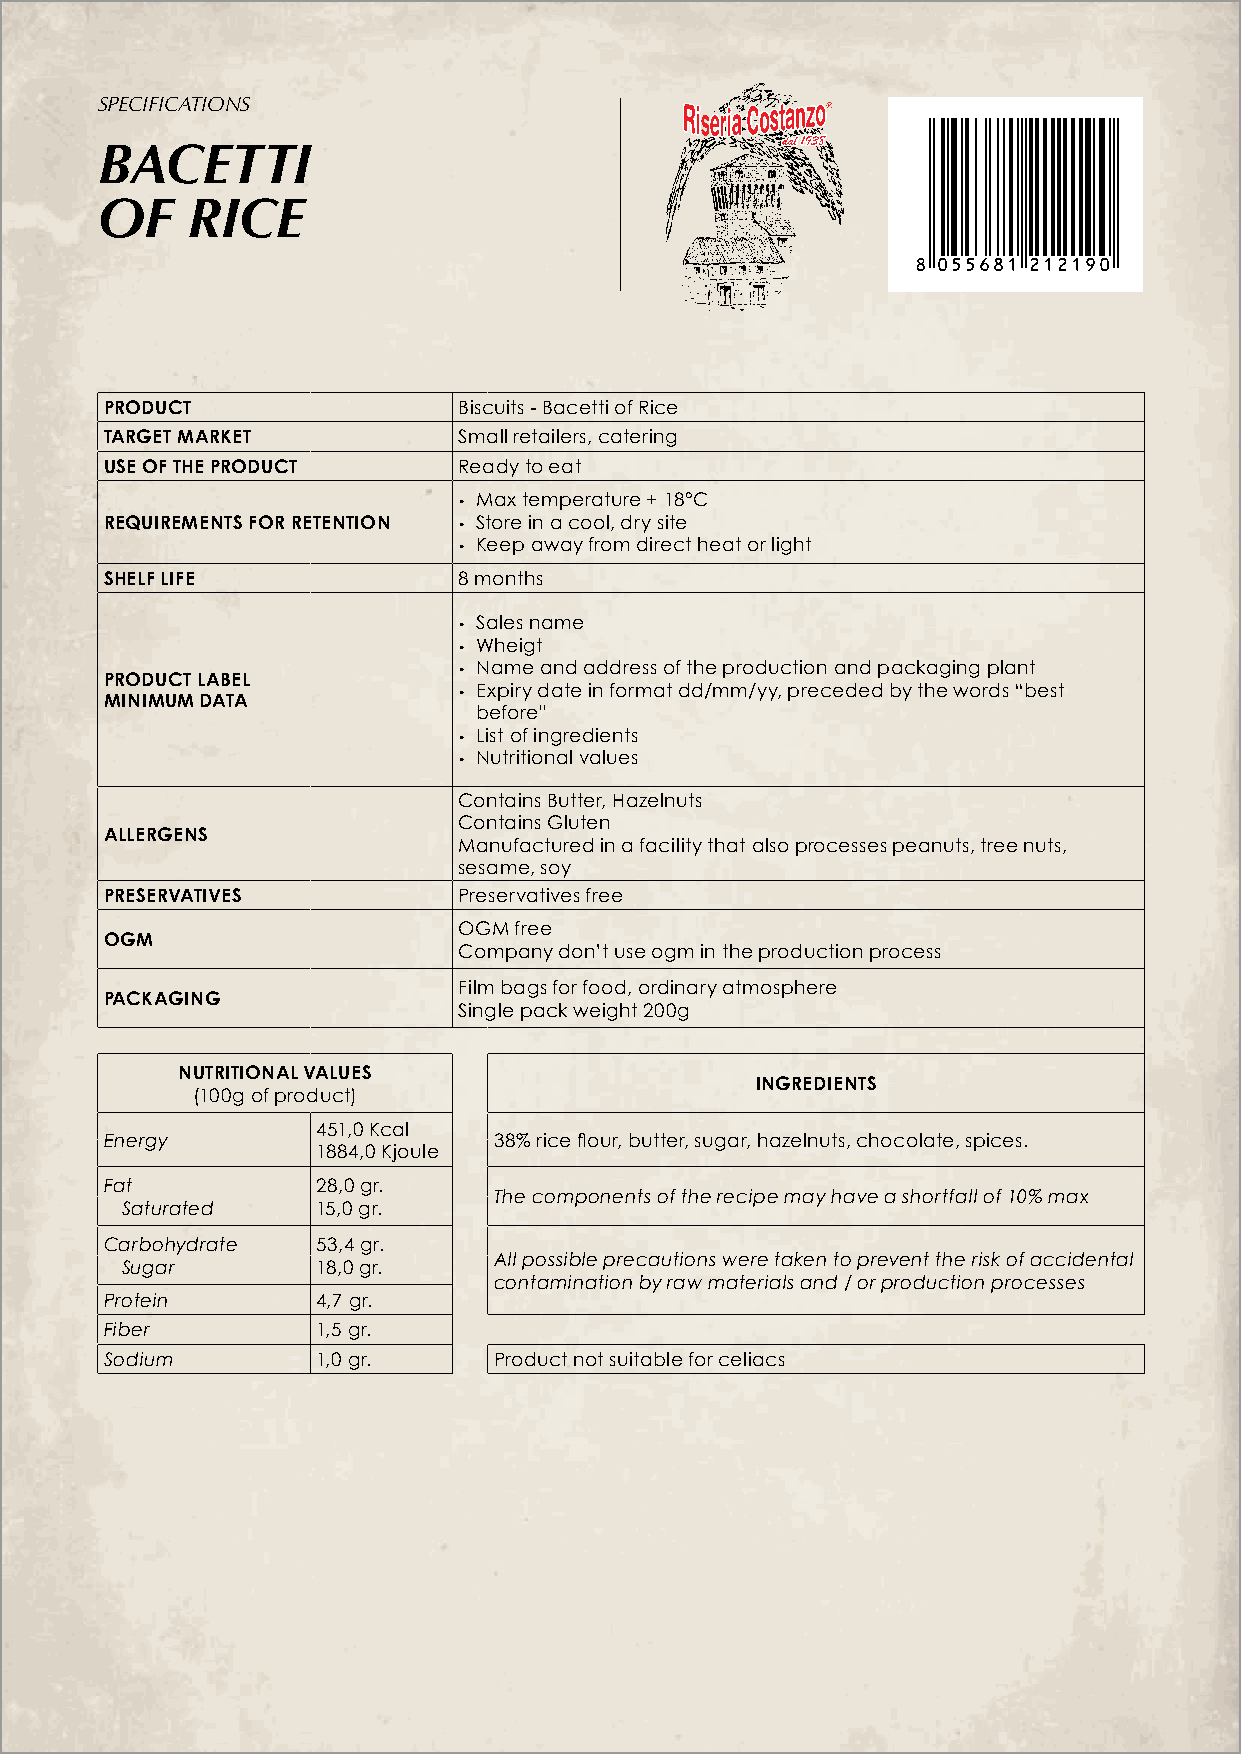
SpecificationS
 bacetti
 of    rice
 Product                Biscuits - Bacetti of Rice
 target market          Small retailers, catering
 use of the Product     Ready to eat
 • Max temperature + 18°C
 requirements for retention • Store in a cool, dry site
 • Keep away from direct heat or light
 shelf life             8 months
 • Sales name
 • Wheigt
 • Name and address of the production and packaging plant
 Product label
 minimum data           • Expiry date in format dd/mm/yy, preceded by the words “best
 before”
 • List of ingredients
 • Nutritional values
 Contains Butter, Hazelnuts
 Contains Gluten
 allergens
 Manufactured in a facility that also processes peanuts, tree nuts,
 sesame, soy
 Preservatives          Preservatives free
 OGM free
 ogm
 Company don’t use ogm in the production process
 Film bags for food, ordinary atmosphere
 Packaging
 Single pack weight 200g
 nutritional values
 ingredients
 (100g of product)
 451,0 Kcal
 Energy                    38% rice flour, butter, sugar, hazelnuts, chocolate, spices.
 1884,0 Kjoule
 Fat           28,0 gr.
 The components of the recipe may have a shortfall of 10% max
 Saturated    15,0 gr.
 Carbohydrate  53,4 gr.
 All possible precautions were taken to prevent the risk of accidental
 Sugar        18,0 gr.
 contamination by raw materials and / or production processes
 Protein       4,7 gr.
 Fiber         1,5 gr.
 Sodium        1,0 gr.     Product not suitable for celiacs